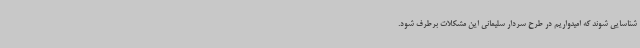
شناسایی شوند که امیدواریم در طرح سردار سلیمانی این مشکلات برطرف شود.